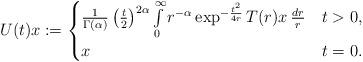
LaTeX: \begin{align*} U(t)x := \begin{cases} \frac{1}{\Gamma(\alpha)} \left( \frac{t}{2} \right)^{2\alpha} \int\limits_0^\infty r^{-\alpha} \exp^{-\frac{t^2}{4r}} T(r) x \, \frac{dr}{r} & t > 0, \\ x & t = 0. \end{cases} \end{align*}